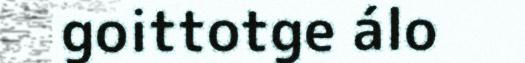
goittotge álo